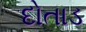
દોતાડ